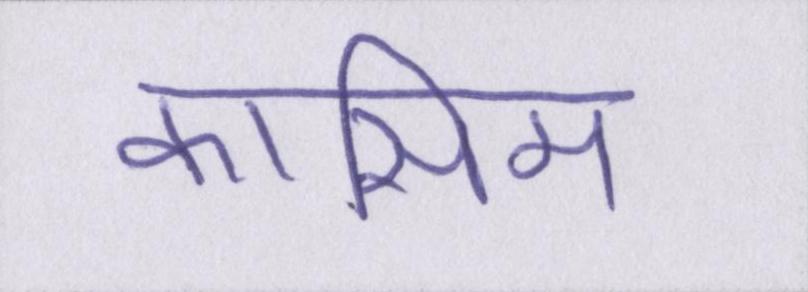
कासिम